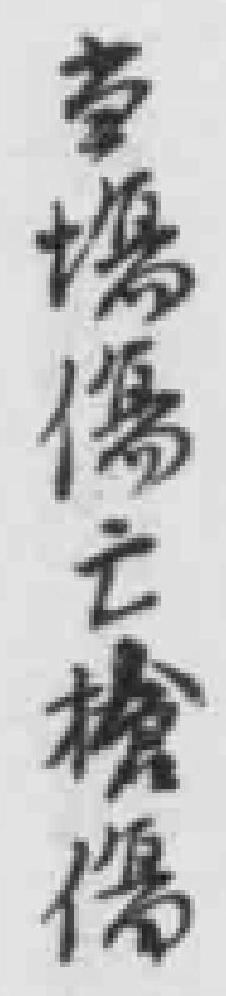
当場傷亡槍傷